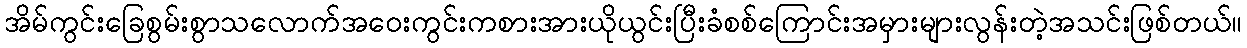
အိမ်ကွင်းခြေစွမ်းစွာသလောက်အဝေးကွင်းကစားအားယိုယွင်းပြီးခံစစ်ကြောင်းအမှားများလွန်းတဲ့အသင်းဖြစ်တယ်။